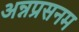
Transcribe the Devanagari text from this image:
अन्नप्रसनम